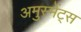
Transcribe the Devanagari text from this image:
अमुस्मेंट्स